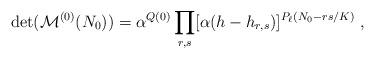
LaTeX: \begin{align*} \det({\cal M}^{(0)} ( N_0 ))=\alpha^{Q(0)} \prod_{r,s}[\alpha(h-h_{r,s})]^{P_\ell (N_0 -rs/K)}{}~,\end{align*}